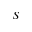
S